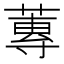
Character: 蓴